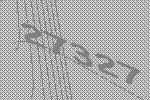
27327